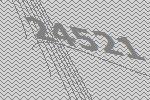
24521